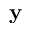
\mathbf { y }